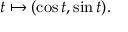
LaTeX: t \mapsto ( \cos t , \sin t ) .